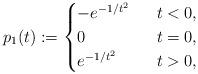
LaTeX: \begin{gather*} p_1(t) := \begin{cases} -e^{-1/t^2} & \ \ t<0, \\ 0 & \ \ t=0, \\ e^{-1/t^2} & \ \ t>0,\end{cases}\end{gather*}